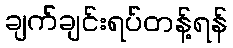
ချက်ချင်းရပ်တန့်ရန်